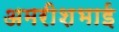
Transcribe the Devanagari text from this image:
अमरीशभाई